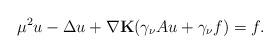
LaTeX: \begin{align*} \mu^2 u -\Delta u+\nabla\mathbf{K}(\gamma_\nu Au+\gamma_\nu f)=f.\end{align*}